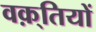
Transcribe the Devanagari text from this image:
वक़्तियों